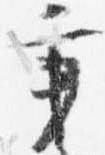
秉